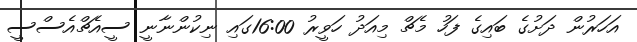
އަހަރުން ދަށުގެ ބައިގެ ފަހު މެޗް މިއަދު ހަވީރު 16:00ގައި ނިކުންނާނީ ސީއެޗްއެސްސީ